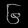
Digit: ၆